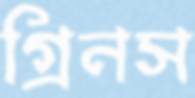
গ্রিনস